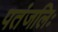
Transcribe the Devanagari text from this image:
पतंजलिः